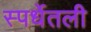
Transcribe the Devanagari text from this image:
स्पर्धेतली